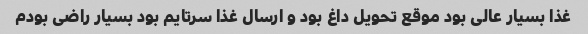
غذا بسیار عالی بود موقع تحویل داغ بود و ارسال غذا سرتایم بود بسیار راضی بودم